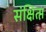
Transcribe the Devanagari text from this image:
संक्षित्प्त